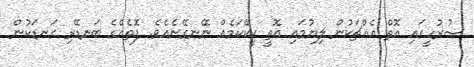
ސުރުހީގައި އޮތް އެއްޗަކުން ލިޔުމައި އޮތީ ކީކޭކަމެއް ނޭނގޭނެއެވެ. ފޮތެއްގެ ބަނޑޭރި ގަނޑަކުން